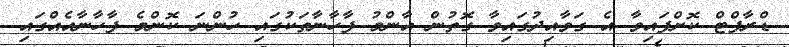
ޑްރާފްޓް ކޮށްފައިވާ އެ ގަވާއިދުގައިވާ ގޮތުން އާންމު ފާހާނާތަކުގައި ހުންނަ ކޮންމެ ފާހާނާއެއްގައި